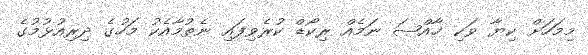
މިމަހަށް ކިޔާ ވަކި ޚާއްޞަ ނަމެއް ރިކޯޑް ކުރެވިފައި ނެތުމާއެކު މަހުގެ ދިރިއުޅުމުގެ